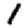
Digit: 1